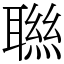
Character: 聮